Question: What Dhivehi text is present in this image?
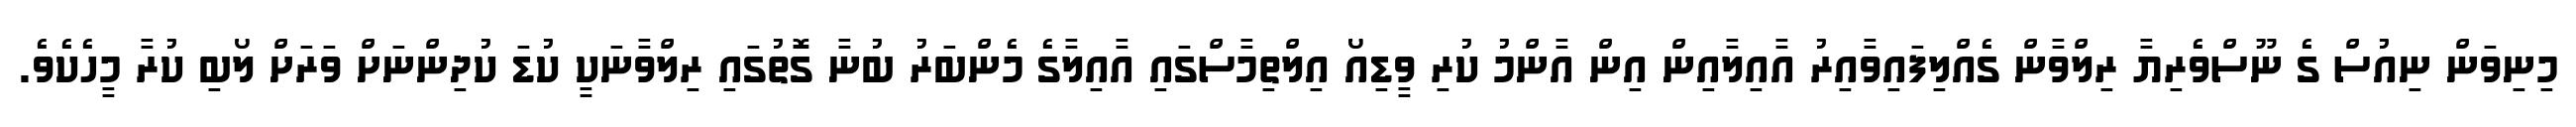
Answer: މިނިވަން ނިއުސް ގެ ނޫސްވެރިޔާ ރިލްވާން ގެއްލިފައިވާއިރު އާއިލާއިން އިން އާންމު ކުރި ވީޑިއޯ އިލްތިމާސްގައި އާއިލާގެ މެންބަރު ބުނާ ގޮތުގައި ރިލްވާނަކީ ކުޑަ ކުދިންނަށް ވަރަށް ލޯބި ކުރާ މީހެކެވެ.